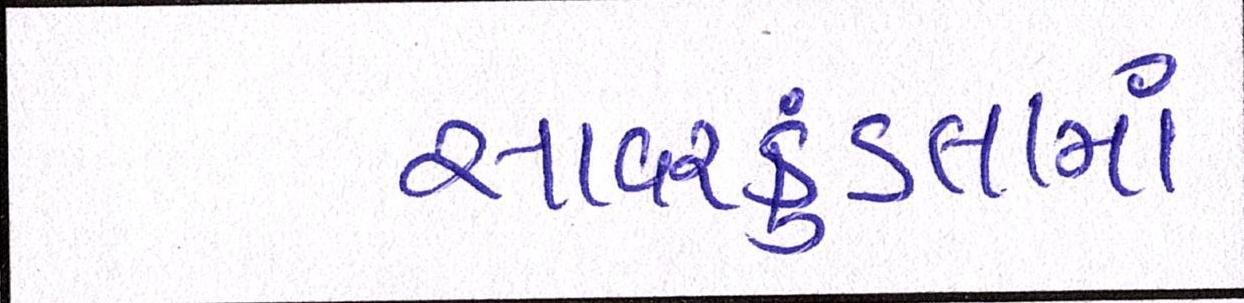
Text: સાવરકુંડલામાં